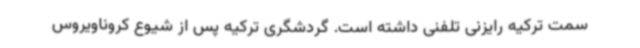
سمت ترکیه رایزنی تلفنی داشته است. گردشگری ترکیه پس از شیوع کروناویروس